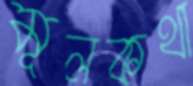
মূলকথা